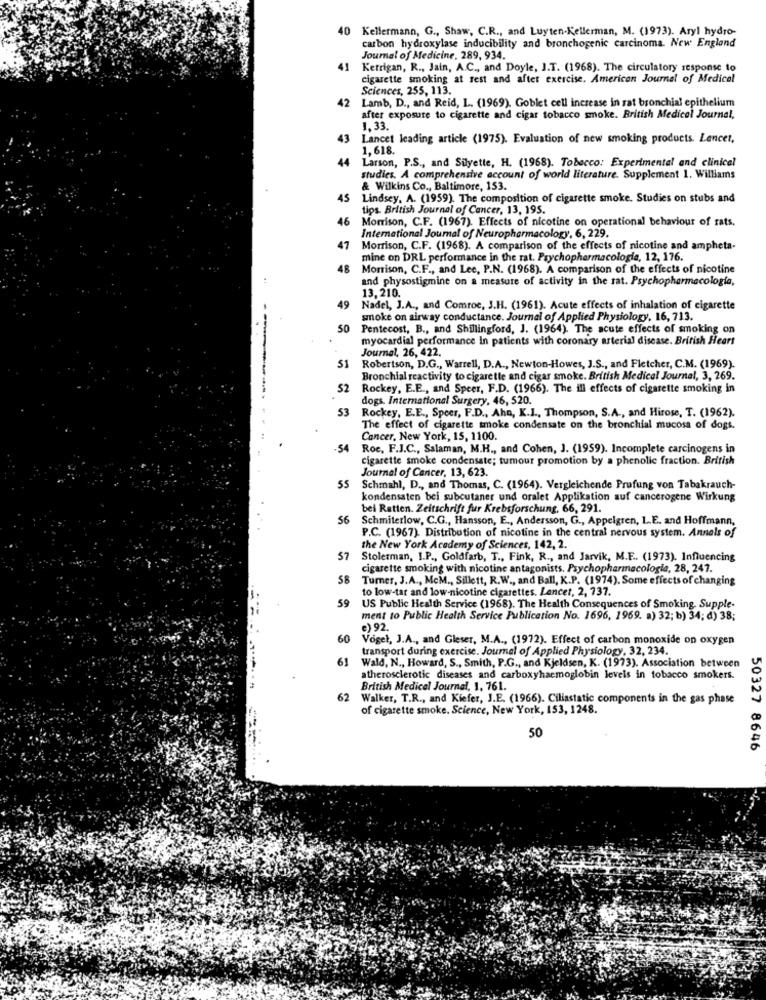
40
Kellermann, G ., Shaw, C.R ., and Luyten-Kellerman, M. (1973). Aryl hydro-
carbon hydroxylase inducibility and bronchogenic carcinoma. New England
Journal of Medicine, 289, 934.
41
Kerrigan, R ., Jain, A.C ., and Doyle, J.T. (1968). The circulatory response to
cigarette smoking at rest and after exercise. American Journal of Medical
Sciences, 255, 113.
42
Lamb, D ., and Reid, L. (1969). Goblet cell increase in rat bronchial epithelium
after exposure to cigarette and cigar tobacco smoke. British Medical Journal,
1.33.
43 Lancet leading article (1975). Evaluation of new smoking products. Lancet,
1,618.
44
Larson, P.S ., and Silyette, H. (1968). Tobacco: Experimental and clinical
studies. A comprehensive account of world literature. Supplement 1. Williams
& Wilkins Co ., Baltimore, 153.
45
Lindsey. A. (1959). The composition of cigarette smoke. Studies on stubs and
tips. British Journal of Cancer, 13, 195.
46 Morrison, C.F. (1967). Effects of nicotine on operational behaviour of rats.
International Journal of Neuropharmacology, 6, 229.
47
Morrison, C.F. (1968). A comparison of the effects of nicotine and ampheta-
mine on DRL performance in the rat. Psychopharmacologia, 12, 176.
48 Morrison, C.F ., and Lee, P.N. (1968). A comparison of the effects of nicotine
and physostigmine on a measure of activity in the rat. Psychopharmacologia,
13,210.
49
Nadel, J.A ., and Comroe, J.H. (1961). Acute effects of inhalation of cigarette
smoke on airway conductance. Journal of Applied Physiology, 16, 713.
50
Pentecost, B ., and Shillingford, J. (1964). The acute effects of smoking on
--
myocardial performance in patients with coronary arterial disease. British Heart
Journal, 26, 422.
S1
Robertson, D.G ., Warrell, D.A ., Newton-Howes, J.S ., and Fletcher, C.M. (1969).
Bronchial reactivity to cigarette and cigar smoke. British Medical Journal, 3, 269.
52
Rockey, E.E ., and Speer, F.D. (1966). The ill effects of cigarette smoking in
dogs. International Surgery, 46, 520.
53
Rockey, E.E ., Speer, F.D ., Ahn, K.I ., Thompson, S.A ., and Hirose, T. (1962).
The effect of cigarette smoke condensate on the bronchial mucosa of dogs.
Cancer, New York, 15, 1100.
-54
Roc, F.J.C ., Salaman, M.H ., and Cohen, J. (1959). Incomplete carcinogens in
cigarette smoke condensate; tumour promotion by a phenolic fraction. British
Journal of Cancer, 13, 623.
55
Schmahl, D ., and Thomas, C. (1964). Vergleichende Prufung von Tabakrauch-
kondensaten bei subcutaner und oralet Applikation auf cancerogene Wirkung
bei Ratten. Zeitschrift fur Krebsforschung, 66, 291.
56
Schmiterlow, C.G ., Hansson, E ., Andersson, G ., Appelgren, L.E. and Hoffmann,
P.C. (1967). Distribution of nicotine in the central nervous system. Annals of
the New York Academy of Sciences, 142, 2.
57
Stolerman, I.P ., Goldfarb, T ., Fink, R ., and Jarvik, M.E. (1973). Influencing
cigarette smoking with nicotine antagonists. Psychopharmacologia, 28, 247.
58
Turner, J.A ., McM ., Sillett, R.W ., and Ball, K.P. (1974). Some effects of changing
to low-tar and low-nicotine cigarettes. Lancet, 2, 737.
59
US Public Health Service (1968). The Health Consequences of Smoking. Supple-
ment to Public Health Service Publication No. 1696, 1969. a) 32; b) 34; d) 38;
€) 92.
60
Vogel, J.A ., and Gleser, M.A ., (1972). Effect of carbon monoxide on oxygen
transport during exercise. Journal of Applied Physiology, 32, 234.
61
Wald, N ., Howard, S ., Smith, P.G ., and Kjeldsen, K. (1973). Association between
atherosclerotic diseases and carboxyhaemoglobin levels in tobacco smokers.
British Medical Journal, 1, 761.
62
Walker, T.R ., and Kiefer, J.E. (1966). Ciliastatic components in the gas phase
of cigarette smoke. Science, New York, 153, 1248.
50
50327 8646